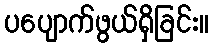
ပပျောက်ဖွယ်ရှိခြင်း။